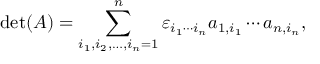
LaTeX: \operatorname* { d e t } ( A ) = \sum _ { i _ { 1 } , i _ { 2 } , \ldots , i _ { n } = 1 } ^ { n } \varepsilon _ { i _ { 1 } \cdots i _ { n } } a _ { 1 , i _ { 1 } } \cdots a _ { n , i _ { n } } ,